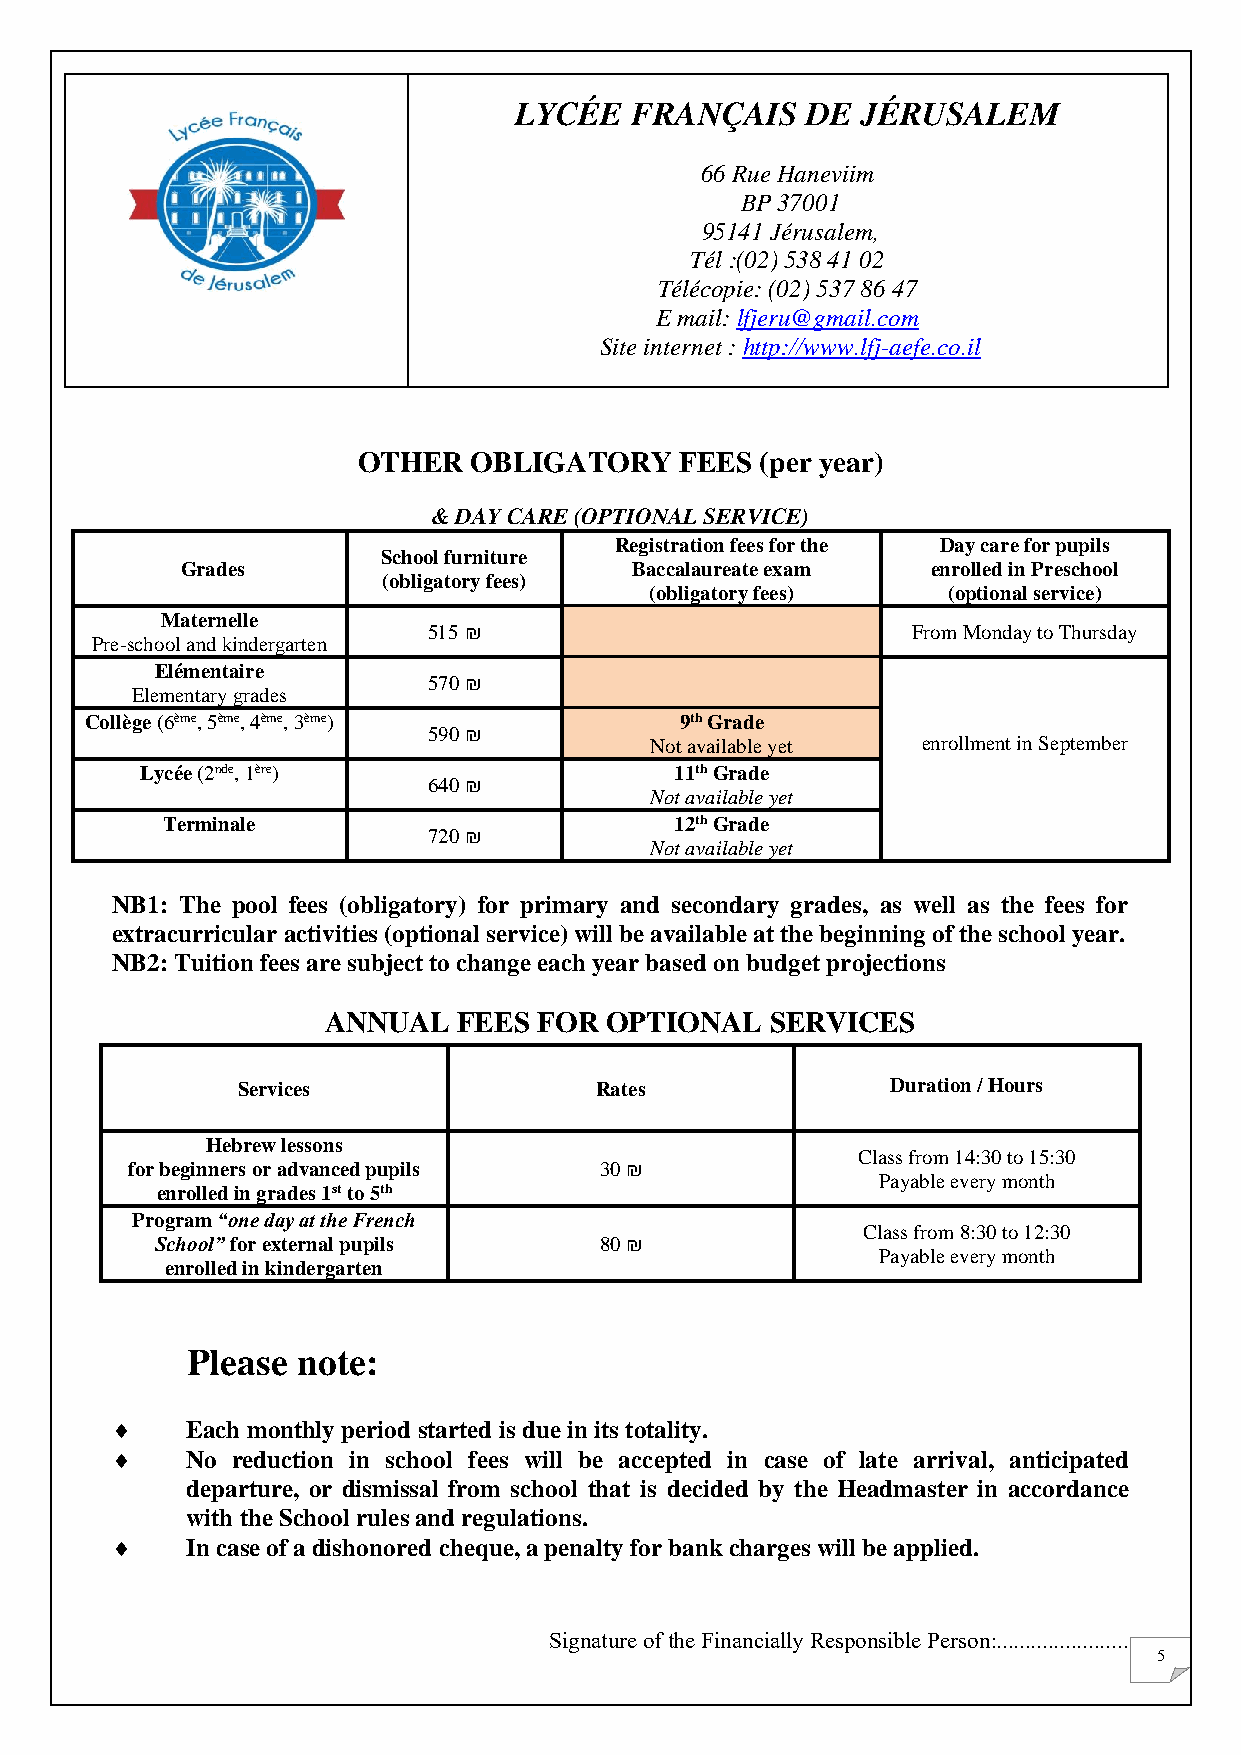
LYCÉE   FRANÇAIS   DE  JÉRUSALEM
 66 Rue Haneviim
 BP 37001
 95141 Jérusalem,
 Tél :(02) 538 41 02
 Télécopie: (02) 537 86 47
 E mail: lfjeru@gmail.com
 Site internet : http://www.lfj-aefe.co.il
 OTHER  OBLIGATORY    FEES (per year)
 & DAY CARE (OPTIONAL SERVICE)
 Registration fees for the Day care for pupils
 School furniture
 Grades                        Baccalaureate exam  enrolled in Preschool
 (obligatory fees)
 (obligatory fees)   (optional service)
 Maternelle
 515 ₪                           From Monday to Thursday
 Pre-school and kindergarten
 Elémentaire
 570 ₪
 Elementary grades
 Collège (6ème, 5ème, 4ème, 3ème)       9th Grade
 590 ₪
 Not available yet enrollment in September
 Lycée (2nde, 1ère)                  11th Grade
 640 ₪
 Not available yet
 Terminale                         12th Grade
 720 ₪
 Not available yet
 NB1: The pool fees (obligatory) for primary and secondary grades, as well as the fees for
 extracurricular activities (optional service) will be available at the beginning of the school year.
 NB2: Tuition fees are subject to change each year based on budget projections
 ANNUAL  FEES  FOR OPTIONAL   SERVICES
 Services               Rates               Duration / Hours
 Hebrew lessons
 Class from 14:30 to 15:30
 for beginners or advanced pupils 30 ₪
 Payable every month
 enrolled in grades 1st to 5th
 Program “one day at the French
 Class from 8:30 to 12:30
 School” for external pupils   80 ₪
 Payable every month
 enrolled in kindergarten
 Please  note:
     Each monthly period started is due in its totality.
     No reduction in school fees will be accepted in case of late arrival, anticipated
 departure, or dismissal from school that is decided by the Headmaster in accordance
 with the School rules and regulations.
     In case of a dishonored cheque, a penalty for bank charges will be applied.
 Signature of the Financially Responsible Person:.......................
 5